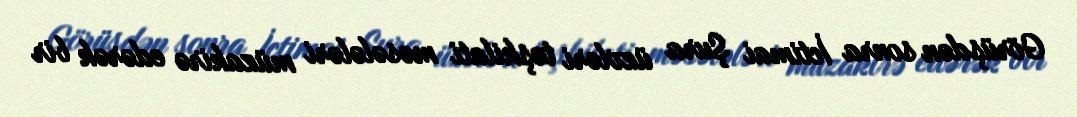
Görüşdən sonra İctimai Şura üzvləri təşkilati məsələləri müzakirə edərək bir